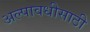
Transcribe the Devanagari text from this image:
अल्पावधीसाठी